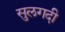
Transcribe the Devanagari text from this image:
सुलगदी